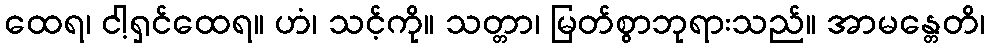
ထေရ၊ ငါ့ရှင်ထေရ။ ဟံ၊ သင့်ကို။ သတ္တာ၊ မြတ်စွာဘုရားသည်။ အာမန္တေတိ၊